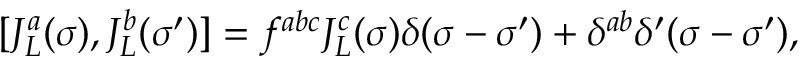
[ J _ { L } ^ { a } ( \sigma ) , J _ { L } ^ { b } ( \sigma ^ { \prime } ) ] = f ^ { a b c } J _ { L } ^ { c } ( \sigma ) \delta ( \sigma - \sigma ^ { \prime } ) + \delta ^ { a b } \delta ^ { \prime } ( \sigma - \sigma ^ { \prime } ) ,